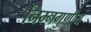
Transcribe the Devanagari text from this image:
निम्नगुणीय